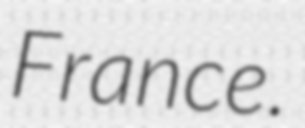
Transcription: France.